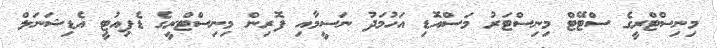
މިނިސްޓްރީގެ ސްޓޭޓް މިނިސްޓަރު މަސްއޮޑި އަހުމަދު ނަސީމާއި ފޮރިން މިނިސްޓްރީގެ ޑެޕިއުޓީ އެޑިޝަނަލް